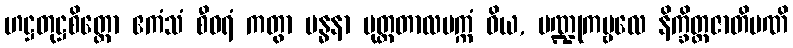
ဟဋ္ဌတုဋ္ဌစိတ္တော ဧကံသံ စီဝရံ ကတွာ ဗန္ဓနာ မုတ္တတာလပက္ကံ ဝိယ, ပဏ္ဍုကမ္ဗလေ နိက္ခိတ္တဇာတိမဏိ